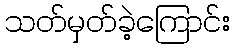
သတ်မှတ်ခဲ့ကြောင်း